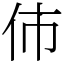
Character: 伂